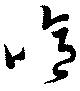
噫